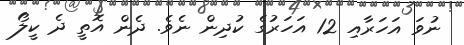
ނުވަ އަހަރާއި 12 އަހަރުގެ ކުދިން ނެވެ. ދެން އޮތީ ދެ ކީލޯ